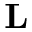
\mathbf { L }